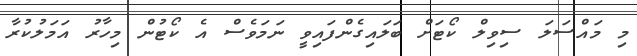
މި މައްސަލަ ސިވިލް ކޯޓަށް ބަލައިގެންފައިވީ ނަމަވެސް އެ ކޯޓުން މިހާރު އަމަލުކުރާ